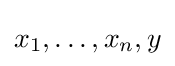
x_{1},\dots ,x_{n},y